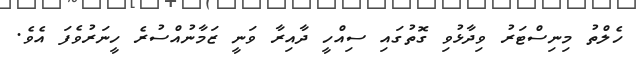
ހެލްތު މިނިސްޓަރު ވިދާޅުވި ގޮތުގައި ސިއްހީ ދާއިރާ ވަނީ ޒަމާނުއްސުރެ ހީނަރުވެފަ އެވެ.